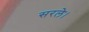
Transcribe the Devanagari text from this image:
सरले।